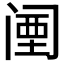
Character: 𬮱